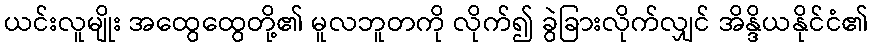
ယင်းလူမျိုး အထွေထွေတို့၏ မူလဘူတကို လိုက်၍ ခွဲခြားလိုက်လျှင် အိန္ဒိယနိုင်ငံ၏